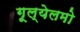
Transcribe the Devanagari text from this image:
गूल्येलमो